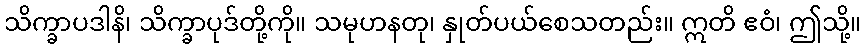
သိက္ခာပဒါနိ၊ သိက္ခာပုဒ်တို့ကို။ သမုဟနတု၊ နှုတ်ပယ်စေသတည်း။ ဣတိ ဧဝံ၊ ဤသို့။